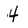
Character: 4